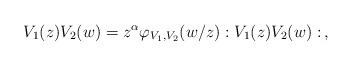
LaTeX: \begin{align*}V_1(z)V_2(w)=z^\alpha \varphi_{V_1,V_2}(w/z):V_1(z)V_2(w):\,,\end{align*}